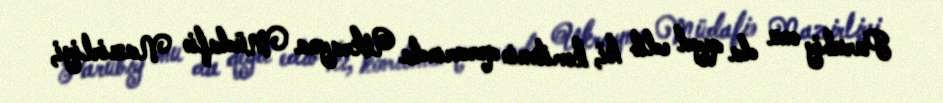
Parubiy onu da qeyd edib ki, komitənin qərarında Ukrayna Müdafiə Nazirliyi,